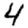
Digit: 4